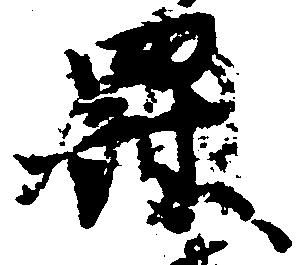
罰